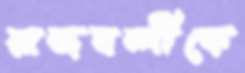
রাজবন্দীকে